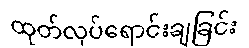
ထုတ်လုပ်ရောင်းချခြင်း